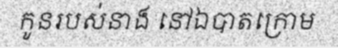
កូនរបស់នាង នៅឯបាតក្រោម